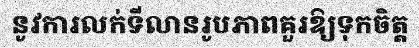
នូវការលក់ទីលានរូបភាពគួរឱ្យទុកចិត្ត